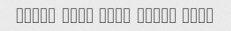
Khoob bood kami charb bood